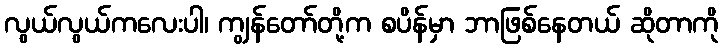
လွယ်လွယ်ကလေးပါ၊ ကျွန်တော်တို့က စပိန်မှာ ဘာဖြစ်နေတယ် ဆိုတာကို